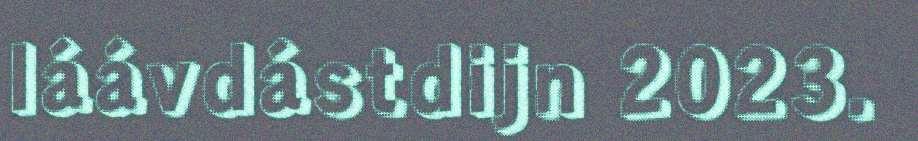
láávdástdijn 2023.